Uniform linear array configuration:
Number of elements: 16
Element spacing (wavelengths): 0.25
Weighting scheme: hann
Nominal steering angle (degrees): -60
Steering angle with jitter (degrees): -59.245
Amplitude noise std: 0.05
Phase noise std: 0.05

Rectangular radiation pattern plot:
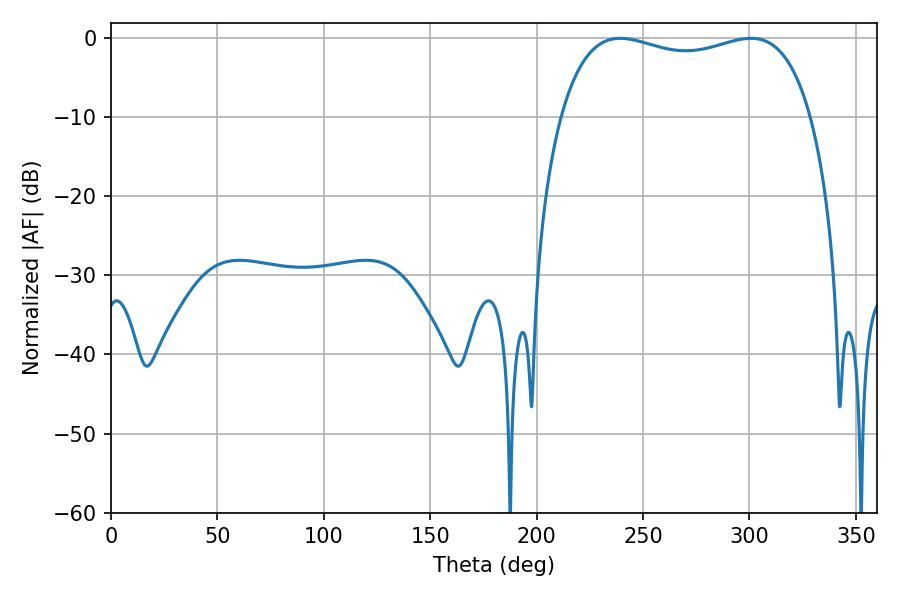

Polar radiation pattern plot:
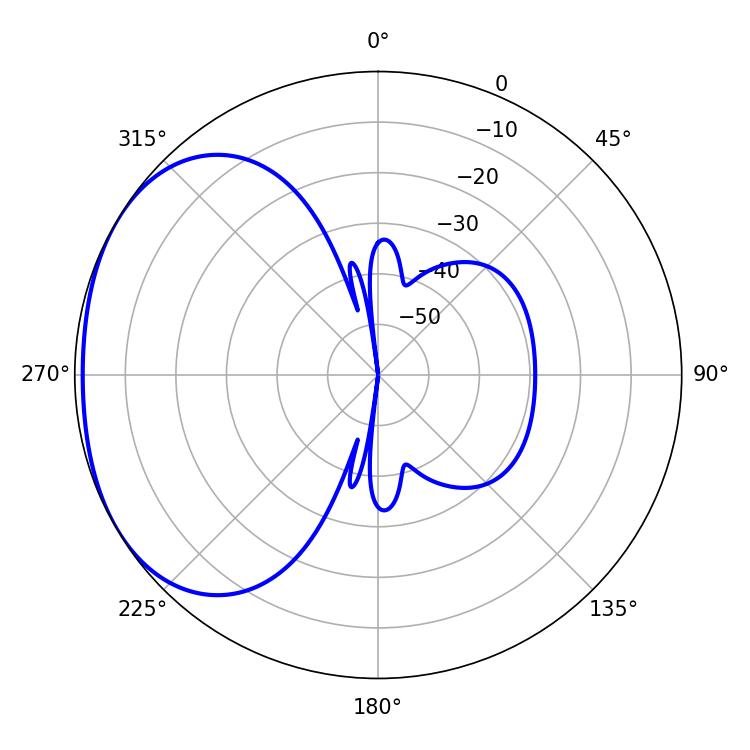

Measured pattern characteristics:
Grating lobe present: FALSE
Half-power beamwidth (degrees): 96.12
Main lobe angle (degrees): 239.22